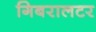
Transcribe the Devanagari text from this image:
गिबरालटर